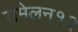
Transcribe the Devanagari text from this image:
संमेलन१२